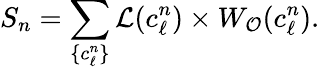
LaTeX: S_{n}=\sum_{\{ c_{\ell}^{n}\} }\mathcal{L}(c_{\ell}^{n})\times W_{\mathcal{O}}(c_{\ell}^{n}).